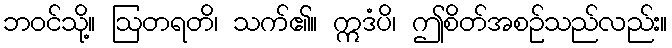
ဘဝင်သို့။ ဩတရတိ၊ သက်၏။ ဣဒံပိ၊ ဤစိတ်အစဉ်သည်လည်း။